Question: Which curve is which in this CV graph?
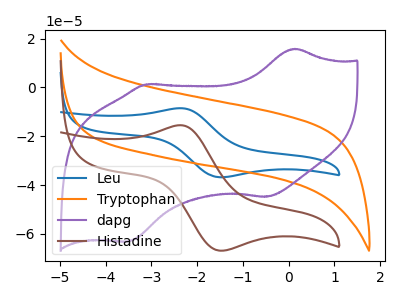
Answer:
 <answer>The blue curve is labeled "Leu". The orange curve is labeled "Tryptophan". The purple curve is labeled "dapg". The brown curve is labeled "Histadine".</answer>
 <eval></eval>